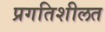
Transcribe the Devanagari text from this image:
प्रगतिशीलत